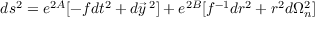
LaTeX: d s ^ { 2 } = e ^ { 2 A } [ - f d t ^ { 2 } + d \vec { y } \, ^ { 2 } ] + e ^ { 2 B } [ f ^ { - 1 } d r ^ { 2 } + r ^ { 2 } d \Omega _ { n } ^ { 2 } ]